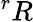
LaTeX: ^rR